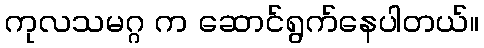
ကုလသမဂ္ဂ က ဆောင်ရွက်နေပါတယ်။